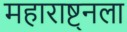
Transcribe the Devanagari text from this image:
महाराष्ट्नला